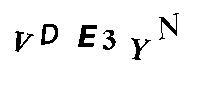
VDE3YN